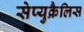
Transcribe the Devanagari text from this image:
सेप्युक्रैलिस